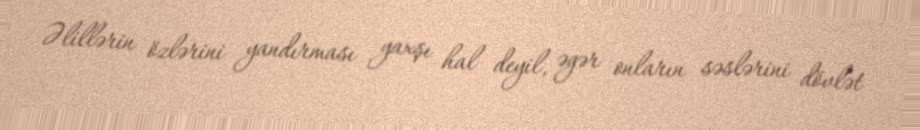
Əlillərin özlərini yandırması yaxşı hal deyil, əgər onların səslərini dövlət